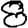
Digit: 8